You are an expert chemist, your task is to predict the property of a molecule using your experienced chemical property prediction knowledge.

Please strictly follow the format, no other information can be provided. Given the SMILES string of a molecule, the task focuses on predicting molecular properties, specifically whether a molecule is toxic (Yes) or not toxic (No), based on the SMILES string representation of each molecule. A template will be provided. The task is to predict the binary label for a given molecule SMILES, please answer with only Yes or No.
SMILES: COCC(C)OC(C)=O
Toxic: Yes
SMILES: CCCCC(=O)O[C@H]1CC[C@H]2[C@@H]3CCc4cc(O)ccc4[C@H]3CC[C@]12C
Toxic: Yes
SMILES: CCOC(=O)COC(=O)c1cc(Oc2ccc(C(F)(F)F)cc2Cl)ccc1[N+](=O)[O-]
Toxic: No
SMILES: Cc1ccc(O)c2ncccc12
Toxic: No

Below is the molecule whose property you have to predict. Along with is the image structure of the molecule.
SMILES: ClCc1cccc(Cl)c1
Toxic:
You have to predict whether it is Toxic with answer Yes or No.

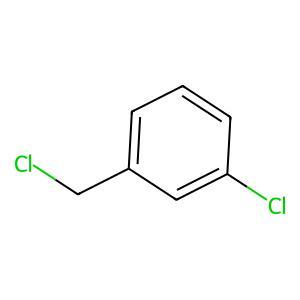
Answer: No